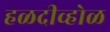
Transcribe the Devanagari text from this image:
हळदीव्होळ